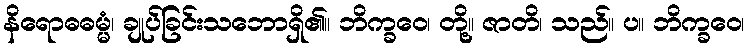
နိရောဓဓမ္မံ၊ ချုပ်ခြင်းသဘောရှိ၏။ ဘိက္ခဝေ၊ တို့။ ဇာတိ၊ သည်။ ပ။ ဘိက္ခဝေ၊